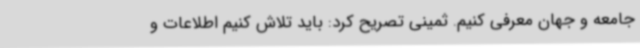
جامعه و جهان معرفی کنیم. ثمینی تصریح کرد: باید تلاش کنیم اطلاعات و